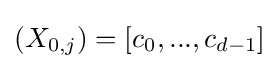
(X_{0,j})=[c_{0},...,c_{d-1}]